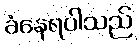
ခံနေရပါသည်